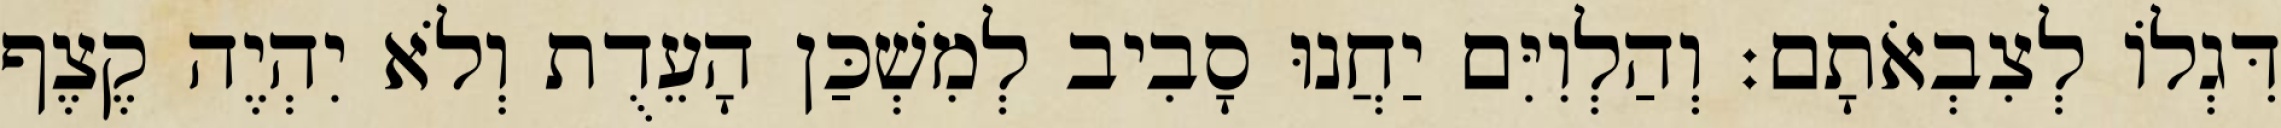
דִּגְלוֹ לְצִבְאֹתָם׃ וְהַלְוִיִּם יַחֲנוּ סָבִיב לְמִשְׁכַּן הָעֵדֻת וְלֹא יִהְיֶה קֶצֶף